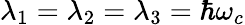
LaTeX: \lambda_{1}=\lambda_{2}=\lambda_{3}=\hbar\omega_{c}